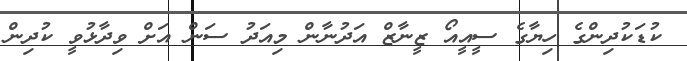
ކުޑަކުދިންގެ ހިޔާގެ ސީއީއޯ ޒީނާޒް އަދުނާން މިއަދު ސަން އަށް ވިދާޅުވީ ކުދިން